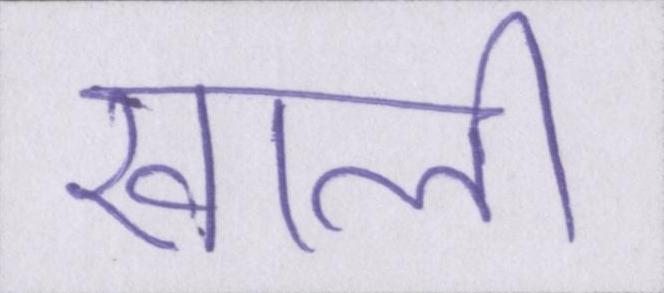
खाली